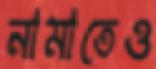
নামাতেও